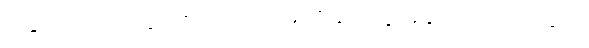
ခြေထောက်တွေဖောလာတာ၊ မျက်နှာတွေအန်းလာတာတွေပါ။